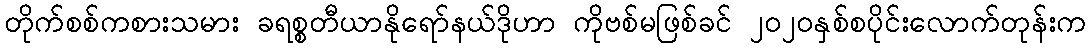
တိုက်စစ်ကစားသမား ခရစ္စတီယာနိုရော်နယ်ဒိုဟာ ကိုဗစ်မဖြစ်ခင် ၂၀၂၀နှစ်စပိုင်းလောက်တုန်းက